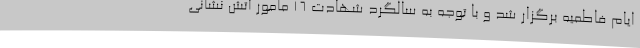
ایام فاطمیه برگزار شد و با توجه به سالگرد شهادت 16 مامور آتش نشانی